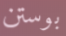
بوستن